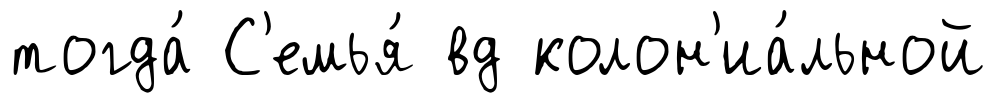
тогда́ С'емья́ вд колон'иа́льной